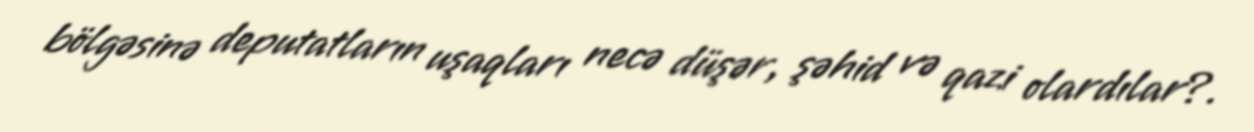
bölgəsinə deputatların uşaqları necə düşər, şəhid və qazi olardılar?.